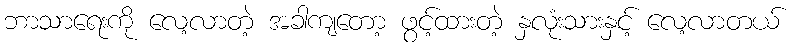
ဘာသာရေးကို လေ့လာတဲ့ အခါကျတော့ ဖွင့်ထားတဲ့ နှလုံးသားနှင့် လေ့လာတယ်